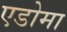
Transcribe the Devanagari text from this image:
एडोमा